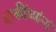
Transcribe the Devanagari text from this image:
बाकींच्यांनां